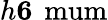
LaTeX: h\le 6\, \mathrm{{\ mum}}